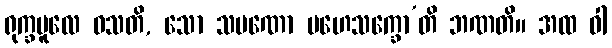
ရုက္ခမူလေ ဝသတိ, သော သမဏော မဟေသက္ခော’တိ ဘဏတိ။ အထ ဝါ